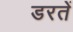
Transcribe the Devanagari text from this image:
डरतें